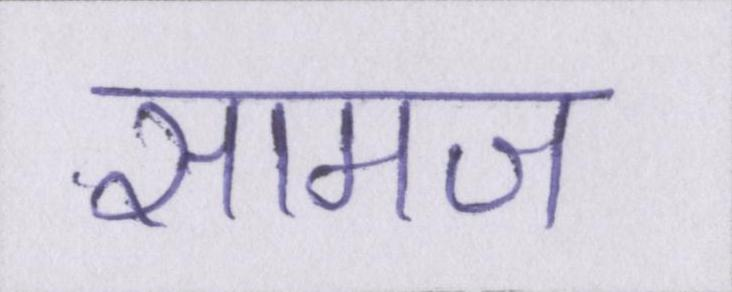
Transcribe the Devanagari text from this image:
सामज